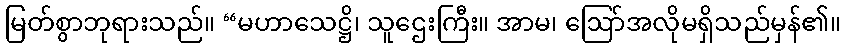
မြတ်စွာဘုရားသည်။ “မဟာသေဋ္ဌိ၊ သူဌေးကြီး။ အာမ၊ ဩော်အလိုမရှိသည်မှန်၏။